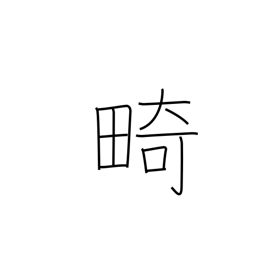
Meaning: cripple